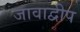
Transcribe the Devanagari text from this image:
जावाद्वीप